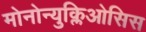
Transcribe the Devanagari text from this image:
मोनोन्युक्लिओसिस